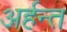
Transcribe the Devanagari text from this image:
अर्हन्त